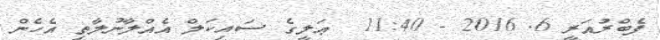
ފެބްރުއަރީ 6